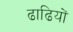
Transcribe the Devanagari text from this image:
ढाढियों